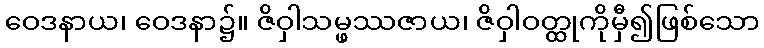
ဝေဒနာယ၊ ဝေဒနာ၌။ ဇိဝှါသမ္ဖဿဇာယ၊ ဇိဝှါဝတ္ထုကိုမှီ၍ဖြစ်သော